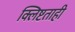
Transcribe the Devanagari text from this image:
क्लिष्टताही